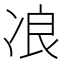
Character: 𰃾